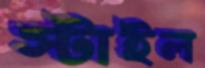
স্টাইল